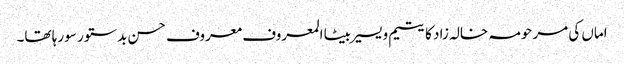
اماں کی مرحومہ خالہ زاد کا یتیم و یسیر بیٹا المعروف معروف حسن بدستور سو رہا تھا۔